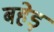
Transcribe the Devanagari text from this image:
बहेड़